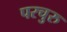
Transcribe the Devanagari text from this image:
परचुरु